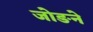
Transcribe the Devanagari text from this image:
जोङने